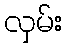
လှမ်း